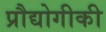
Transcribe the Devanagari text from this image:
प्रौद्योगीकी